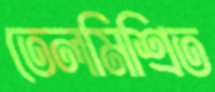
তেলমিশ্রিত